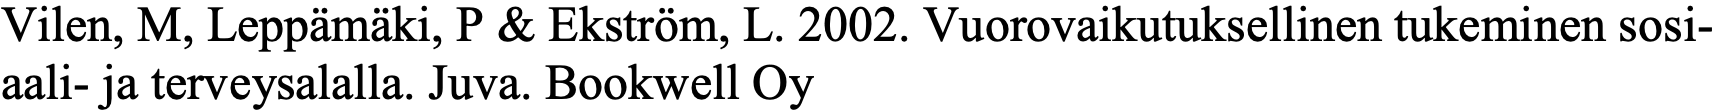
Vilen, M, Leppämäki, P & Ekström, L. 2002. Vuorovaikutuksellinen tukeminen sosi- aali- ja terveysalalla. Juva. Bookwell Oy